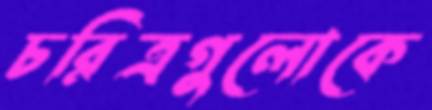
চরিত্রগুলোকে